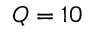
Q = 1 0